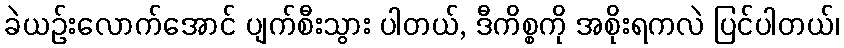
ခဲယဉ်းလောက်အောင် ပျက်စီးသွား ပါတယ်, ဒီကိစ္စကို အစိုးရကလဲ ပြင်ပါတယ်၊